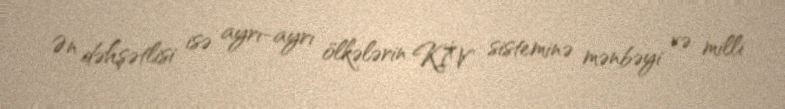
Ən dəhşətlisi isə ayrı-ayrı ölkələrin KİV sisteminə mənbəyi və milli